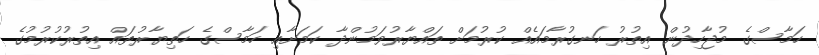
ހަމާސްގެ މުޖާހިދުން އިތުރު ހަނގުރާމައެއް ކުރުމަށް ތައްޔާރުވަމުންދާ ކަމަށާއި ހަމާސްގެ ހަތިޔާރުތައް އިތުރުކުރުމުގެ